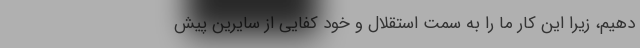
دهیم، زیرا این کار ما را به سمت استقلال و خود کفایی از سایرین پیش